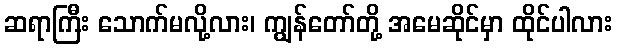
ဆရာကြီး သောက်မလို့လား၊ ကျွန်တော်တို့ အမေဆိုင်မှာ ထိုင်ပါလား